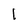
Character: l